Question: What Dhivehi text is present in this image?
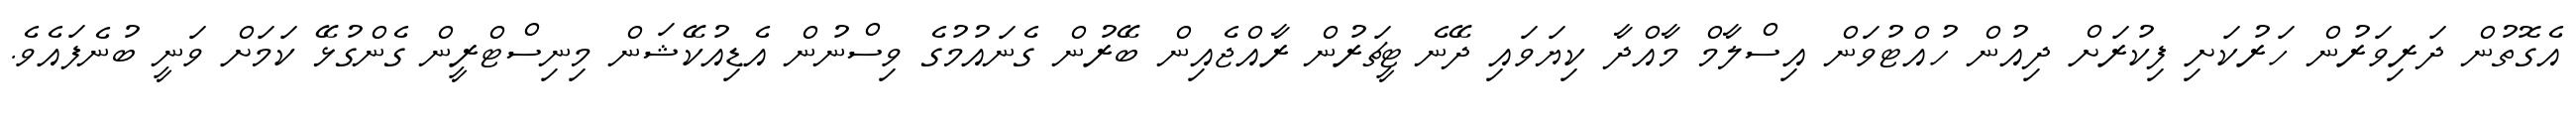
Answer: އެގޮތުން ދަރިވަރުން ހަރުކަށި ފިކުރަށް ދިއުން ހުއްޓުވަން އިސްލާމް މާއްދާ ކިޔަވައި ދޭނެ ޓީޗަރުން ރާއްޖެއިން ބޭރުން ގެނައުމުގެ ވިސްނުން އެޑިއުކޭޝަން މިނިސްޓްރީން ގެންގުޅޭ ކަމަށް ވަނީ ބުނެފައެވެ.